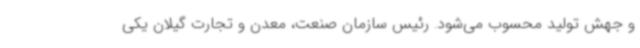
و جهش تولید محسوب می‌شود. رئیس سازمان صنعت، معدن و تجارت گیلان یکی